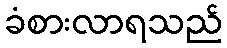
ခံစားလာရသည်